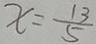
x = \frac { 1 3 } { 5 }